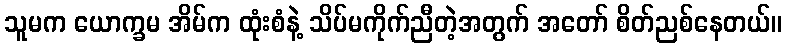
သူမက ယောက္ခမ အိမ်က ထုံးစံနဲ့ သိပ်မကိုက်ညီတဲ့အတွက် အတော် စိတ်ညစ်နေတယ်။